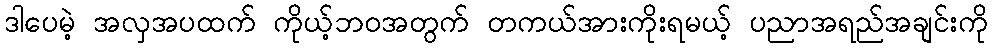
ဒါပေမဲ့ အလှအပထက် ကိုယ့်ဘဝအတွက် တကယ်အားကိုးရမယ့် ပညာအရည်အချင်းကို